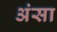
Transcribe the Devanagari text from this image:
अंसा